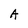
Character: A